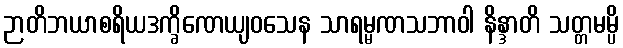
ဉာတိဘယာစရိယဒက္ခိဏေယျဝသေန သာရမ္မဏသဘာဝါ နိန္ဒာတိ သတ္တမမ္ပိ